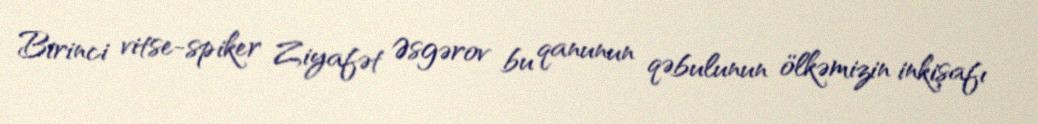
Birinci vitse-spiker Ziyafət Əsgərov bu qanunun qəbulunun ölkəmizin inkişafı